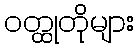
ဝတ္ထုတိုများ